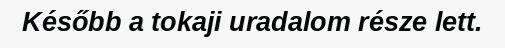
Később a tokaji uradalom része lett.